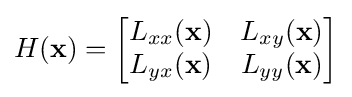
H(\mathbf {x} )={\begin{bmatrix}L_{xx}(\mathbf {x} )&L_{xy}(\mathbf {x} )\\L_{yx}(\mathbf {x} )&L_{yy}(\mathbf {x} )\\\end{bmatrix}}